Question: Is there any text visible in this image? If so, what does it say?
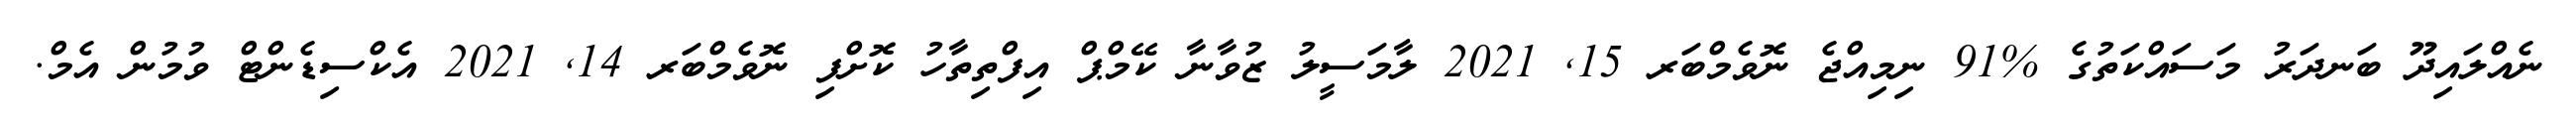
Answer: ނެއްލައިދޫ ބަނދަރު މަސައްކަތުގެ %91 ނިމިއްޖެ ނޮވެމްބަރ 15, 2021 ލާމަސީލު ޒުވާނާ ކޭމްޕް އިފްތިތާހު ކޮށްފި ނޮވެމްބަރ 14, 2021 އެކްސިޑެންޓް ވުމުން އެމް.